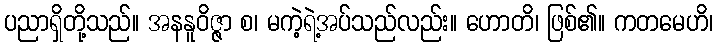
ပညာရှိတို့သည်။ အနနူဝိဇ္ဇာ စ၊ မကဲ့ရဲ့အပ်သည်လည်း။ ဟောတိ၊ ဖြစ်၏။ ကတမေဟိ၊